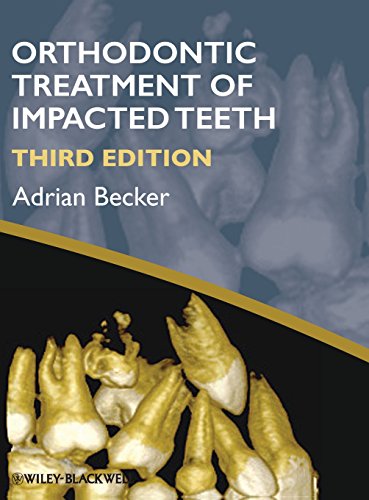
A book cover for Orthodontic Treatment of Impacted Teeth; Adrian Becker; Medical Books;